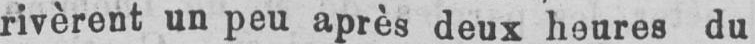
rivèrent un peu après deux heures du